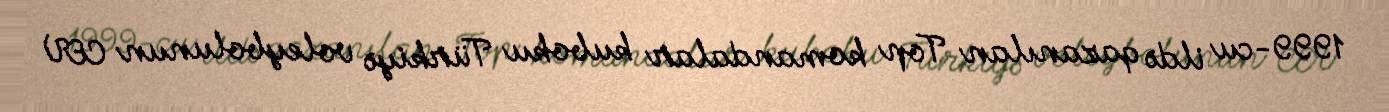
1999-cu ildə qazanılan Top komandalar kuboku Türkiyə voleybolunun CEV